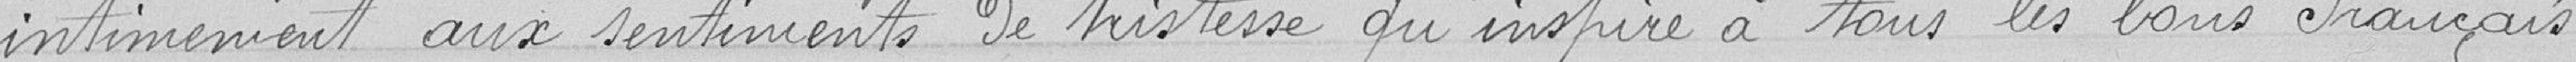
intimement aux sentiments de tristesse qu'inspire à tous les Français